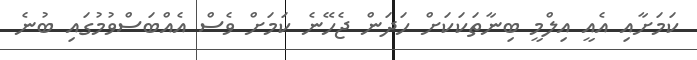
ކަމަށާއި އެއީ އިލްމީ ބިނާތަކަކަށް ހަދަން ޖެހޭނެ ކަމަށް ވެސް އެއްބަސްވުމުގައި ބުނެ